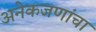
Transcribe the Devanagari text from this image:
अनेकजणांचा